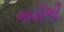
ભાવીભી